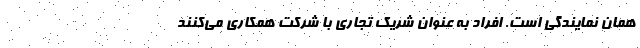
همان نمایندگی است. افراد به عنوان شریک تجاری با شرکت همکاری می­کنند